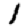
Digit: 1